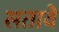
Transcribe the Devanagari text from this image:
सतावे